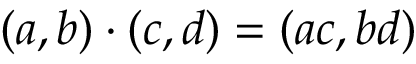
( a , b ) \cdot ( c , d ) = ( a c , b d )